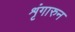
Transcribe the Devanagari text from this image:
शृंगारुन